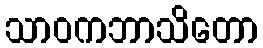
သာဝကဘာသိတော